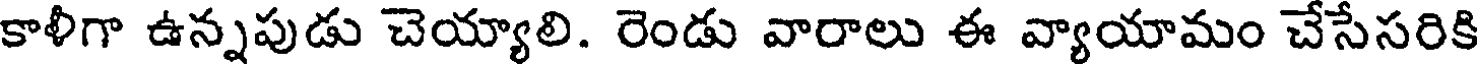
కాళీగా ఉన్నపుడు చెయ్యాలి. రెండు వారాలు ఈ వ్యాయామం చేసేసరికి